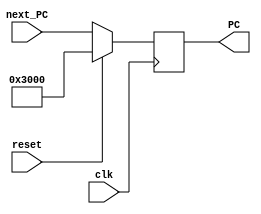
`timescale 1ns / 1ps
//////////////////////////////////////////////////////////////////////////////////
module PC(
    input clk,
    input reset,
    input [31:0] next_PC,
    output [31:0] PC
    );
	 
	 reg [31:0] pc;
	 
	 initial
	 begin
	    pc=32'h00003000;
	 end
	 
	 assign PC=pc;
	 
	 always @(posedge clk)
	 begin
	    if(reset==1)
		    pc<=32'h00003000;
		 else
		    pc<=next_PC;
	 end

endmodule